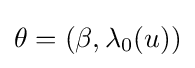
\theta =(\beta ,\lambda _{0}(u))